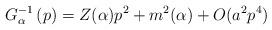
LaTeX: \begin{align*}G_{\alpha }^{-1}\left( p\right) =Z(\alpha )p^{2}+m^{2}(\alpha )+O(a^{2}p^{4})\end{align*}